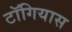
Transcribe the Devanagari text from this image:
टॉगियास